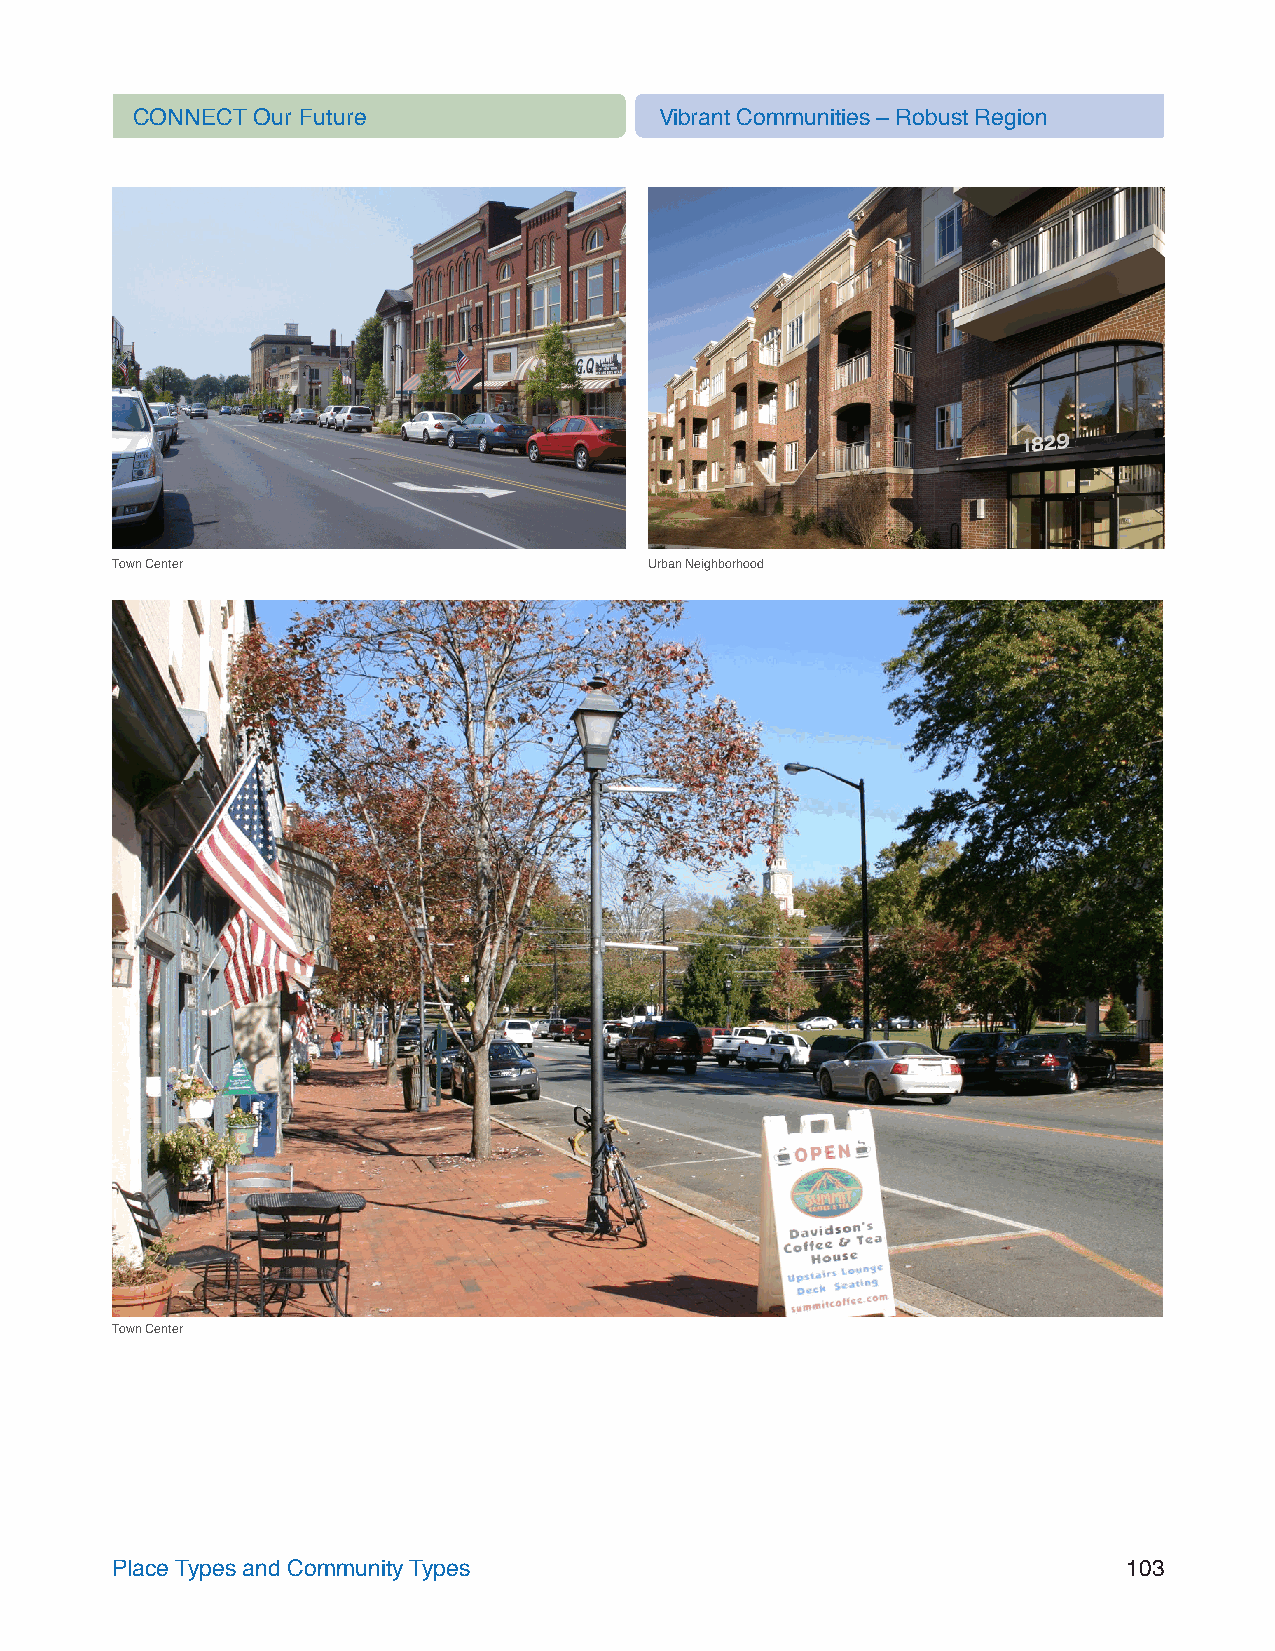
CONNECT Our Future                 Vibrant Communities – Robust Region
 Town Center                         Urban Neighborhood
 Town Center
 Place Types and Community Types                                     103